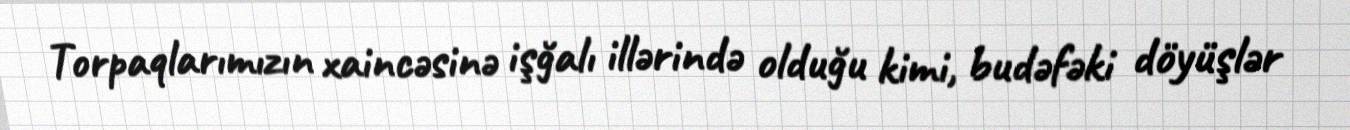
Torpaqlarımızın xaincəsinə işğalı illərində olduğu kimi, budəfəki döyüşlər